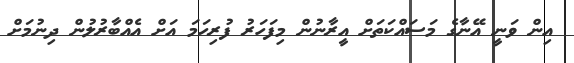
އިން ވަނީ އޭނާގެ މަސައްކަތަށް އީރާނުން މިފަހަރު ފުރިހަމަ އަށް އެއްބާރުލުން ދިނުމަށް